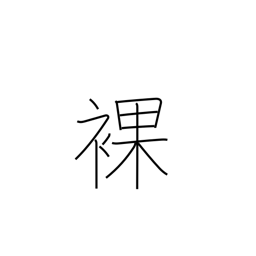
Meaning: uncovered